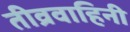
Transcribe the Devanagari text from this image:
तीव्रवाहिनी